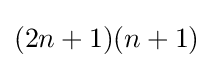
(2n+1)(n+1)